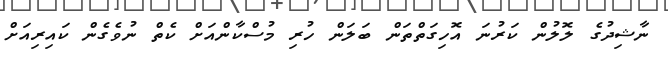
ނާޝިދުގެ ލޮލުން ކަރުނަ އޮހިގަތްތަން ބަލަން ހުރި މުސްކާންއަށް ކެތް ނުވެގެން ކައިރިއަށް